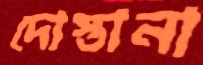
দোস্তানা